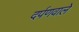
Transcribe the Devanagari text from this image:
दर्पणवाले